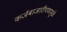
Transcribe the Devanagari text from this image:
कर्जबाजारीपणामुळे